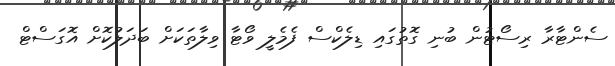
ސެންޓާރާ ރިސޯޓުން ބުނި ގޮތުގައި ޑިލެކްސް ފެމެލީ ވޯޓާ ވިލާތަކަށް ބަދަލުކޮށް އޮގަސްޓް